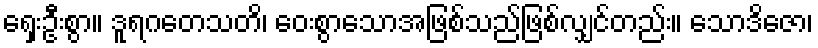
ရှေးဦးစွာ။ ဒူရဂတေသတိ၊ ဝေးစွာသောအဖြစ်သည်ဖြစ်လျှင်တည်း။ သောဒိဇော၊